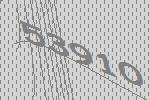
53910